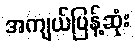
အကျယ်ပြန့်ဆုံး